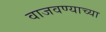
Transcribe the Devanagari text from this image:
वाजवण्याच्या